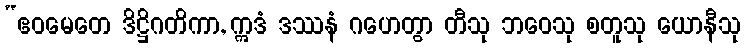
“ဧဝမေတေ ဒိဋ္ဌိဂတိကာ, ဣဒံ ဒဿနံ ဂဟေတွာ တီသု ဘဝေသု စတူသု ယောနီသု